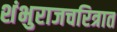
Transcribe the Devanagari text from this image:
शंभुराजचरित्रात